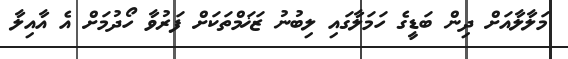
މަލާލާއަށް ދިން ބަޑީގެ ހަމަލާގައި ލިބުނު ޒަޚަމްތަކަށް ފަރުވާ ހޯދުމަށް އެ އާއިލާ